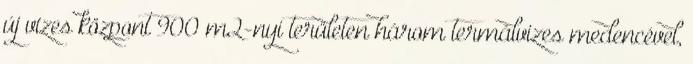
új vizes központ 900 m2-nyi területen három termálvizes medencével,